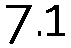
7.1